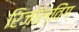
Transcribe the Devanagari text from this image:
रिज़ॉल्विंग